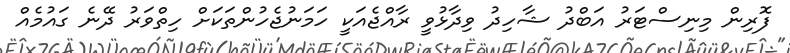
ފޮރިން މިނިސްޓަރު އަބްދު ޝާހިދު ވިދާޅުވީ ރާއްޖެއަކީ ހަމަނުޖެހުންތަކަށް ހިތްވަރު ދޭނެ ގައުމެއް